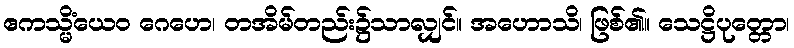
ဧကသ္မိံယေဝ ဂေဟေ၊ တအိမ်တည်း၌သာလျှင်။ အဟောသိ၊ ဖြစ်၏။ သေဋ္ဌိပုတ္တော၊